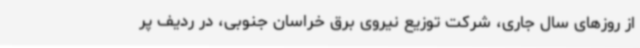
از روزهای سال جاری، شرکت توزیع نیروی برق خراسان جنوبی، در ردیف پر